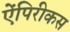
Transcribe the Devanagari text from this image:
ऐंपिरीकस